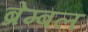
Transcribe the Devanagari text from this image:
ब्रेम्बल